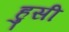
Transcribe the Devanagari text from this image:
हुसी